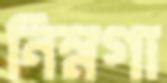
নিম্নগা